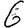
Digit: 6